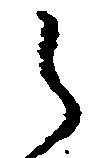
之